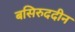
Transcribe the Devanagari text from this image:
बसिरुददीन